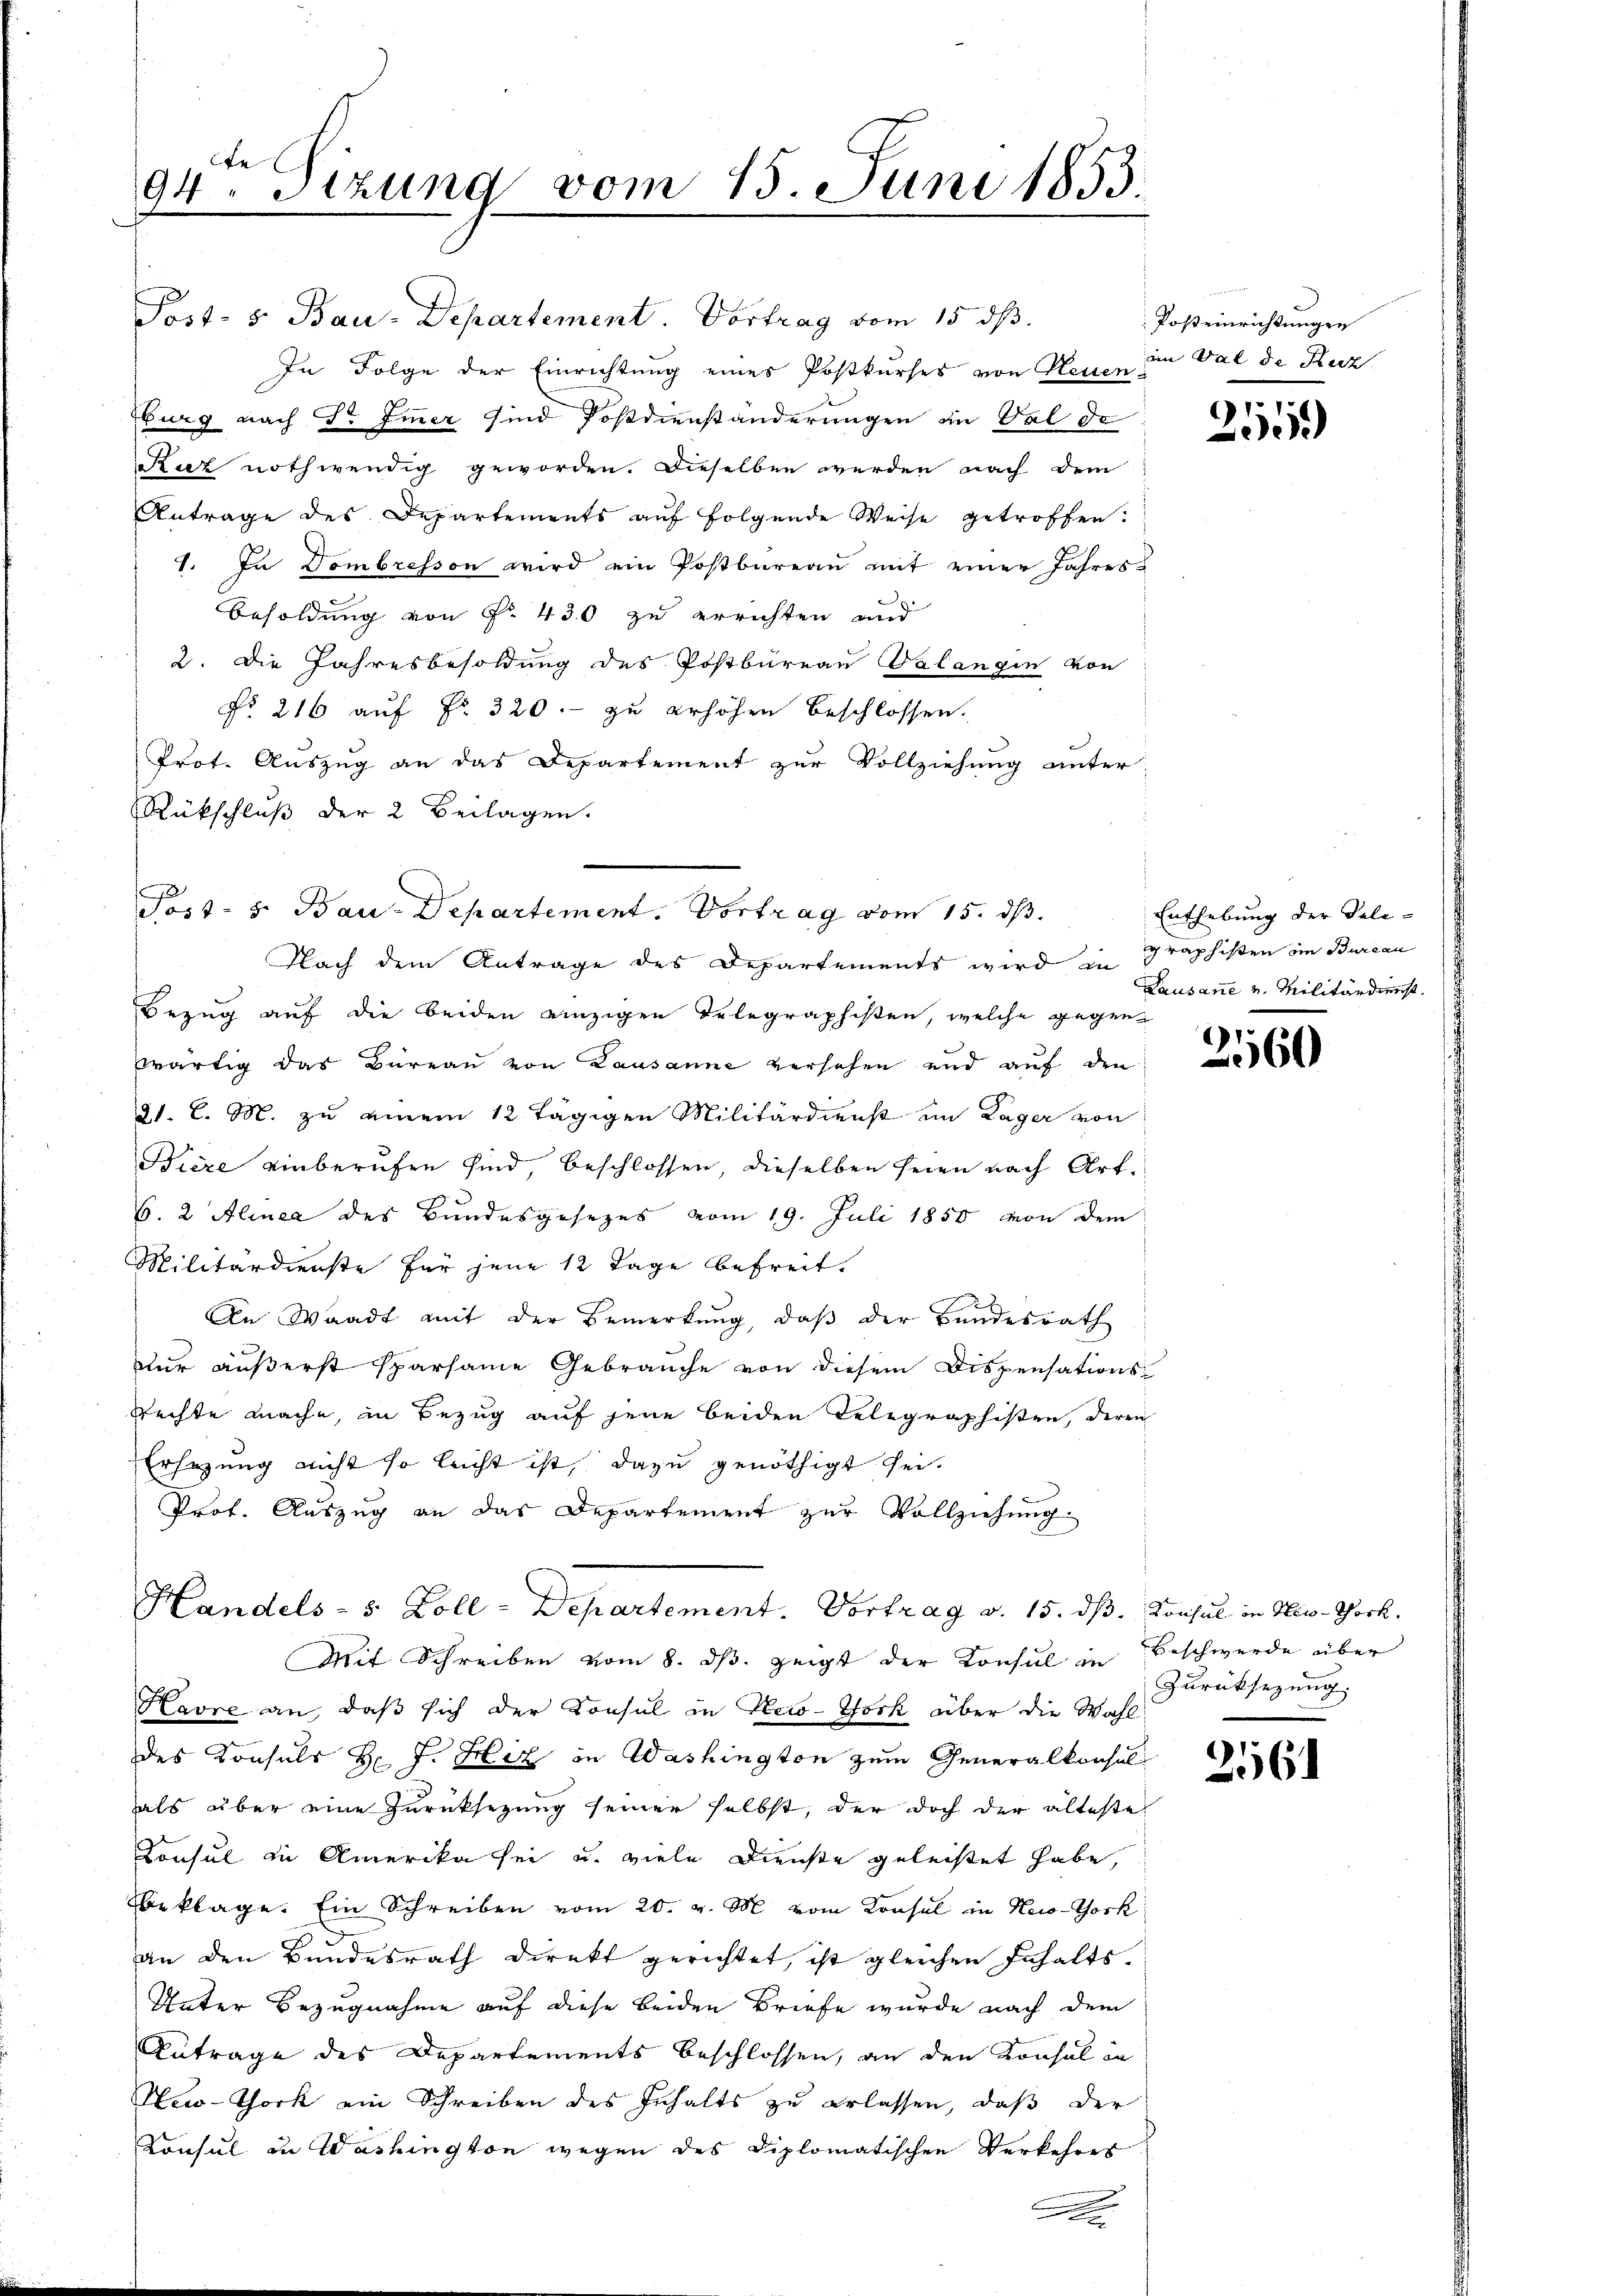
e
94. Sitzung vom 15. Juni 1853.

Post- 5. Bau-Departement. Vortrag vom 15. ds.
In Folge der Einrichtung eines Postkurses von Neuen in Val de Ruzburg nach Dr Emmer sind Postdienständerungen in Val de
Ruz nothwendig geworden. Dieselben werden nach dem
Antrage des Departements aŭf folgende Weise getroffen.
1. In Dombresson wird ein Postbureau mit einer Jahres
Besoldung von Nr. 430 zu errichten und
2. Die Jahresbesoldung des Postbureau Valangin von
No. 216 auf Fr. 320.- zu erhöhen beschlossen.
Prot. Auszug an das Departement zur Vollziehung unter
Rückschluß der 2 Beilagen.
Nach dem Antrage des Departements wird in graphisten ein Bureau
Bezug auf die beiden einzigen Telegraphisten, welche gegenwärtig das Büreau von Lausanne versehen und auf den
21. d. M. zu einem 12 tägigen Militärdienst im Lager von
Bière einberufen sind, beschlossen, dieselben seien nach Art.
6. 2 Alinea des Bundesgesezes vom 19. Juli 1850 von dem
Militärdienste für jene 12 Tage befreit.
An Waadt mit der Bemerkung, daß der Bundesrath
x
dur äußerst sparsame Gebrauche von diesem Dispensations-
Rechte mache, in Bezug auf jene beiden Telegraphisten, deren
Ersezung nicht so leicht ist, dazu genöthigt sei.
Prof. Auszug an das Departement zŭr Vollziehŭng
Handels- 5 Zoll-Departement. Vortrag v. 15. dß. Konsul in Her-Tock.
Mit Schreiben vom 8. ds. zeigt der Konsul in Beschwerde über
Havre an, daß sich der Konsul in New-York über die Wahl
des Konsuls H: J. Hiz in Washington zum Generalkonsulals über eine Zurücksezung seiner selbst, der doch der älteste
Consul zu Amerika sei u. viele Dienste geleistet habe,
beklage. Ein Schreiben vom 20. v. M. vom Konsul in Heio-Tock
an den Bundesrath direkt gerichtet, ist gleichen Inhalts¬
Unter Bezugnahme auf diese beiden Briefe wurde nach dem
Autrage des Departements beschlossen, an den Konsul in
Neo-Thork ein Schreiben des Inhalts zu erlassen, daß der
Konsul in Washington wegen des Diplomatischen Verkehres
x

Poss- u. Bau-Departement. Vortrag vom 15. ds.

Posteinrichtungen

2549)

Enthebung der Poli-
Lausane u. Militärdienst.

2160

Zurücksezung,

256.